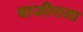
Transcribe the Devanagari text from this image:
बाजीरावा